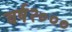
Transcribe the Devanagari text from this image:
वर्ष२०००